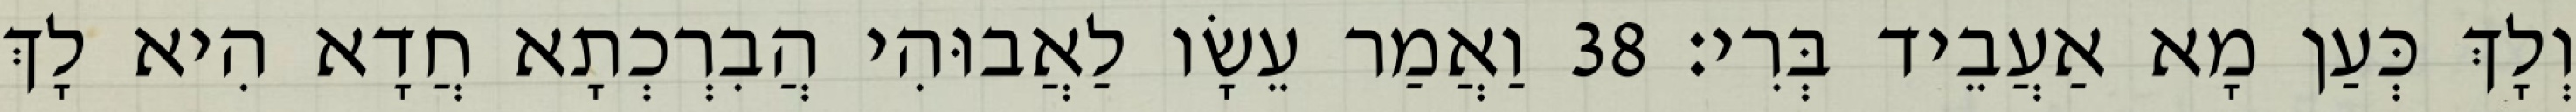
וְלָךְ כְּעַן מָא אַעֲבֵיד בְּרִי׃ 38 וַאֲמַר עֵשָׂו לַאֲבוּהִי הֲבִרְכְתָא חֲדָא הִיא לָךְ